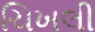
ચિખલી